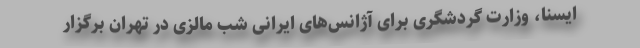
ایسنا، وزارت گردشگری برای آژانس‌های ایرانی شب مالزی در تهران برگزار